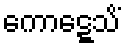
ကောဋ္ဋေသိံ